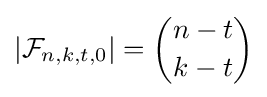
|{\mathcal {F}}_{n,k,t,0}|={\binom {n-t}{k-t}}